Indian journal of veterinary science and animal husbandry - Volume 5,
Year: 1935
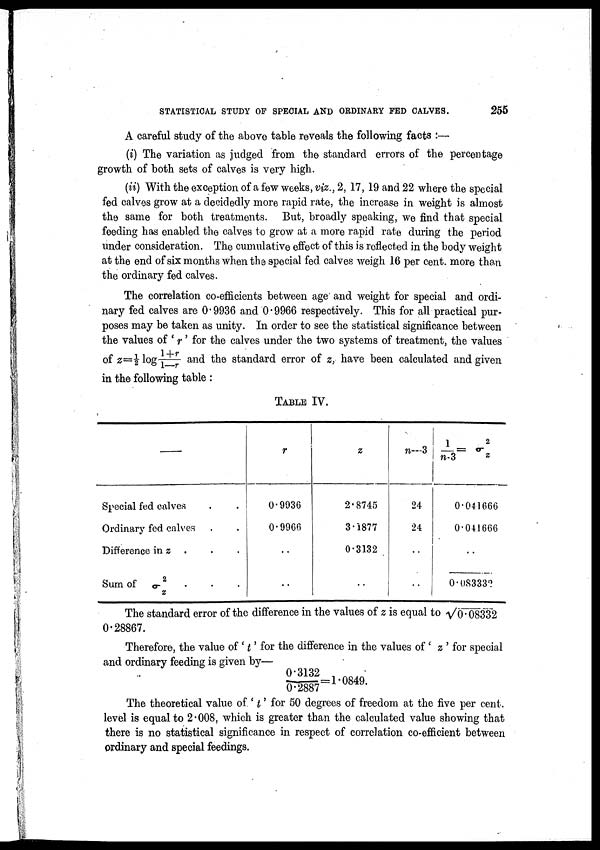
STATISTICAL STUDY OF SPECIAL AND ORDINARY FED CALVES.
255
A careful study of the above table reveals the following facts :—
(i) The variation as judged from the standard errors of the percentage
growth of both sets of calves is very high.
(ii) With the exception of a few weeks, viz., 2, 17, 19 and 22 where the special
fed calves grow at a decidedly more rapid rate, the increase in weight is almost
the same for both treatments. But, broadly speaking, we find that special
feeding has enabled the calves to grow at a more rapid rate during the period
under consideration. The cumulative effect of this is reflected in the body weight
at the end of six months when the special fed calves weigh 16 per cent. more than
the ordinary fed calves.
The correlation co-efficients between age and weight for special and ordi
nary fed calves are 0.9936 and 0.9966 respectively. This for all practical pur
poses may be taken as unity. In order to see the statistical significance between
the values of ' r ' for the calves under the two systems of treatment, the values
of z= ½ log 1+r / 1-r and the standard error of z, have been calculated and given
in the following table :
TABLE IV.
—
Special fed calves . .
Ordinary fed calves . .
Difference in z . . .
Sum of σ 2
. . .
z
r
0.9936
0.9966
..
..
z
2.8745
3.1877
0.3132
..
n—3
24
24
..
..
1/n-3 = σ 2
z
0.041666
0.041666
..
0.083332
The standard error of the difference in the values of z is equal to √0.08332
0.28867.
Therefore, the value of ' t ' for the difference in the values of ' z ' for special
and ordinary feeding is given by—
0.3132 / 0.2887 = 1.0849.
The theoretical value of ' t ' for 50 degrees of freedom at the five per cent.
level is equal to 2.008, which is greater than the calculated value showing that
there is no statistical significance in respect of correlation co-efficient between
ordinary and special feedings.